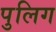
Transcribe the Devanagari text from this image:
पुलिग